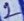
Text: 2